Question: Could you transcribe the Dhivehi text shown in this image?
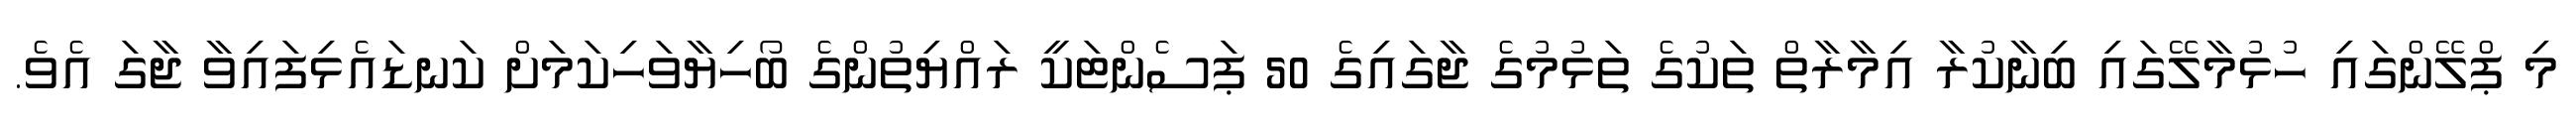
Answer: މި ޕްލޭންގައި ހުޅުމާލޭގައި ބިނާކުރާ އިމާރާތް ތަކުގެ ތަޅުމުގެ ޖާގައިގެ 50 ޕަސެންޓަކީ ރައްޔިތުންގެ ބޯހިޔާވަހިކަމަށް ކަނޑައެޅިފައިވާ ޖާގަ އެވެ.